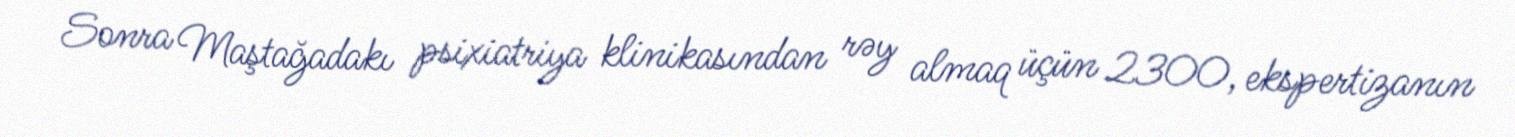
Sonra Maştağadakı psixiatriya klinikasından rəy almaq üçün 2300, ekspertizanın